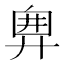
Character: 𢍘